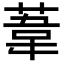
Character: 葦